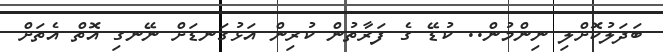
ބަދަލުކޮށްލި ނިންމުން.. ކުޑޭ ގެ ފަރާތުން ކުރިން އަޅުގަނޑަށް ނޭނގި އޮތް އެތަށް